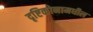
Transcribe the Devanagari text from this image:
दृष्टिकोनामधील